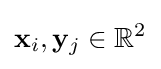
\mathbf {x} _{i},\mathbf {y} _{j}\in \mathbb {R} ^{2}